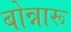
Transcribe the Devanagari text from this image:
बोन्नारू